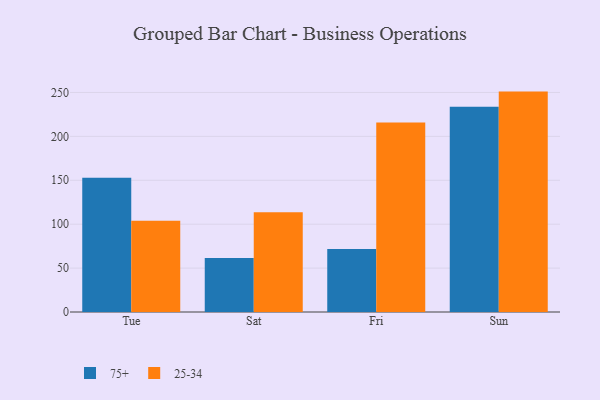
{"axis": {"x": "Day", "y": "Gross Profit (USD K)"}, "legend": ["25-34", "75+"], "data": [{"x": "Tue", "y": 153.0, "type": "75+"}, {"x": "Tue", "y": 104.0, "type": "25-34"}, {"x": "Sat", "y": 61.5, "type": "75+"}, {"x": "Sat", "y": 113.6, "type": "25-34"}, {"x": "Fri", "y": 71.7, "type": "75+"}, {"x": "Fri", "y": 215.7, "type": "25-34"}, {"x": "Sun", "y": 233.8, "type": "75+"}, {"x": "Sun", "y": 251.0, "type": "25-34"}]}